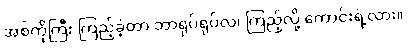
အစ်ကိုကြီး ကြည့်ခဲ့တာ ဘာရုပ်ရုပ်လဲ၊ ကြည့်လို့ ကောင်းရဲ့လား။